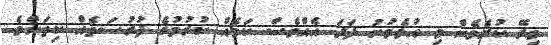
މިރޭ ކުރެވެން މި އުޅެވުނު ފަދަ އެއްވެސް ކަމެއް ކުރުމުގެ ފުރުސަތެއް ކިތަންމެ